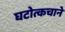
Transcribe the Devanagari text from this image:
घटोत्कचाने